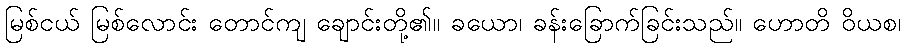
မြစ်ငယ် မြစ်လောင်း တောင်ကျ ချောင်းတို့၏။ ခယော၊ ခန်းခြောက်ခြင်းသည်။ ဟောတိ ဝိယစ၊